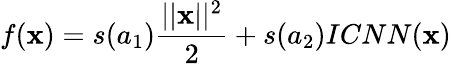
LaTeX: f(\mathbf{x})=s(a_{1})\frac{{||\mathbf{x}||^{2}}}{{2}}+s(a_{2})ICNN(\mathbf{x})